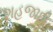
શહજાદી